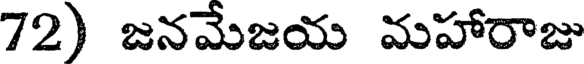
72) జనమేజయ మహారాజు